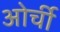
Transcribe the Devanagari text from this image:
ओर्ची